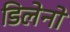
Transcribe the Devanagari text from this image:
डिलेनो